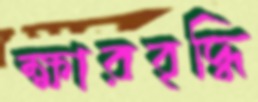
ক্ষারবৃদ্ধি